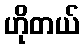
ဟိုတယ်